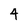
Character: 4